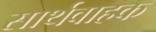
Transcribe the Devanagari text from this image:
सार्थवाहक